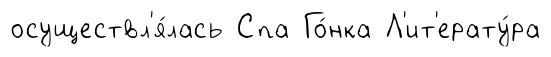
осуществл'я́лась Спа Го́нка Л'ит'ерату́ра